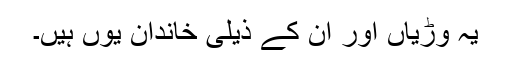
یہ وڑیاں اور ان کے ذیلی خاندان یوں ہیں۔